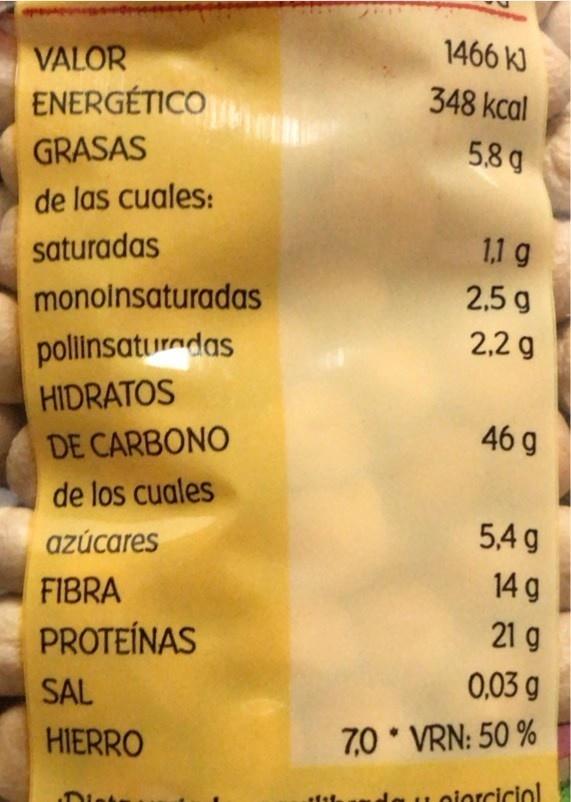
1466 KJ
VALOR ENERGÉTICO
348 kcal
GRASAS
58g
de las cuales:
saturadas
1,1 g
monoinsaturadas
2,5 g
2,2 g
pollinsaturadas
HIDRATOS
46 g
DE CARBONO
de los cuales
5,4 g
azúcares
FIBRA
14 g
PROTEÍNAS
21 g
SAL
0,03 g
HIERRO
7,0 VRN: 50 %
da u oiorciciol